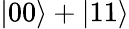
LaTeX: |00\rangle+|11\rangle